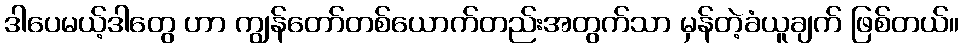
ဒါပေမယ့်ဒါတွေ ဟာ ကျွန်တော်တစ်ယောက်တည်းအတွက်သာ မှန်တဲ့ခံယူချက် ဖြစ်တယ်။